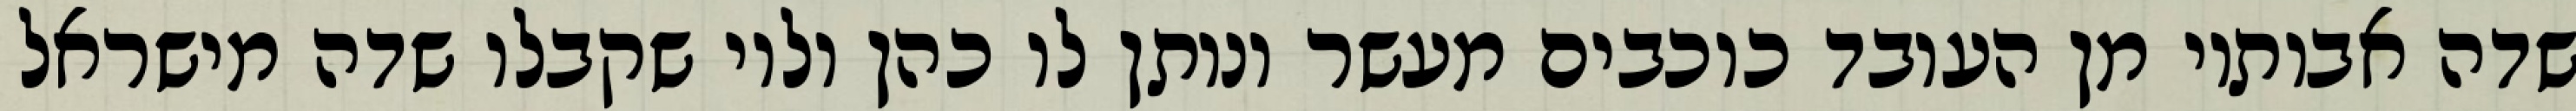
שדה אבותיו מן העובד כוכבים מעשר ונותן לו כהן ולוי שקבלו שדה מישראל